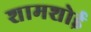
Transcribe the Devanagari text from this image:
शामशोई